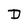
Character: D